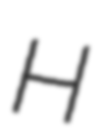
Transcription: H